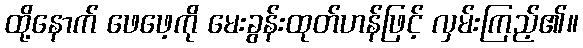
ထို့နောက် ဖေဖေ့ကို မေးခွန်းထုတ်ဟန်ဖြင့် လှမ်းကြည့်၏။